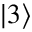
| 3 \rangle